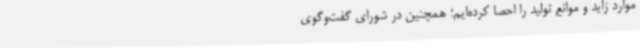
موارد زاید و موانع تولید را احصا کرده‌ایم؛ همچنین در شورای گفت‌وگوی